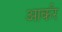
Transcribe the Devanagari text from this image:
आर्कर